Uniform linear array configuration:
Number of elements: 12
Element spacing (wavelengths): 0.75
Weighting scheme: cosine
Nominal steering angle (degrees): -15
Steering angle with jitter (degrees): -16.7
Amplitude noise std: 0.05
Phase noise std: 0.05

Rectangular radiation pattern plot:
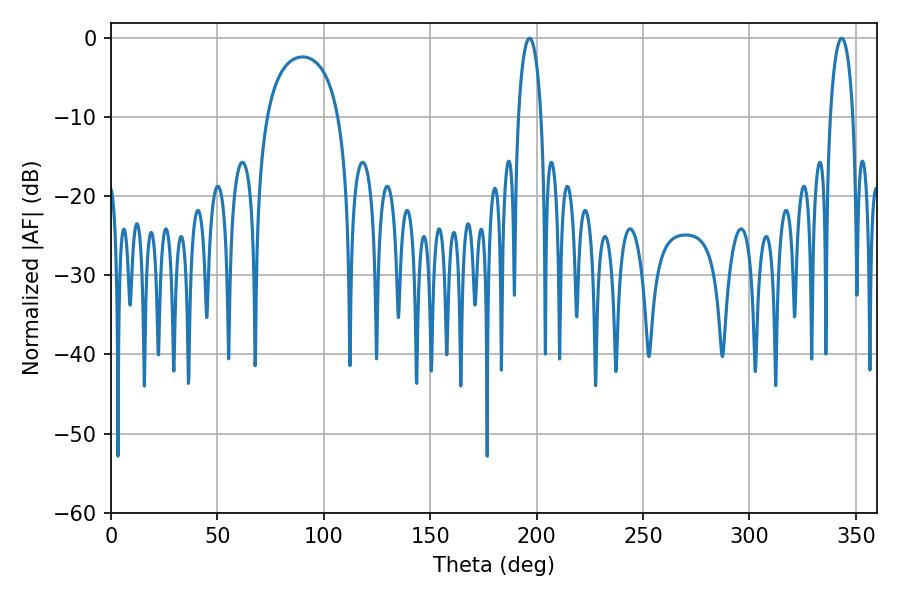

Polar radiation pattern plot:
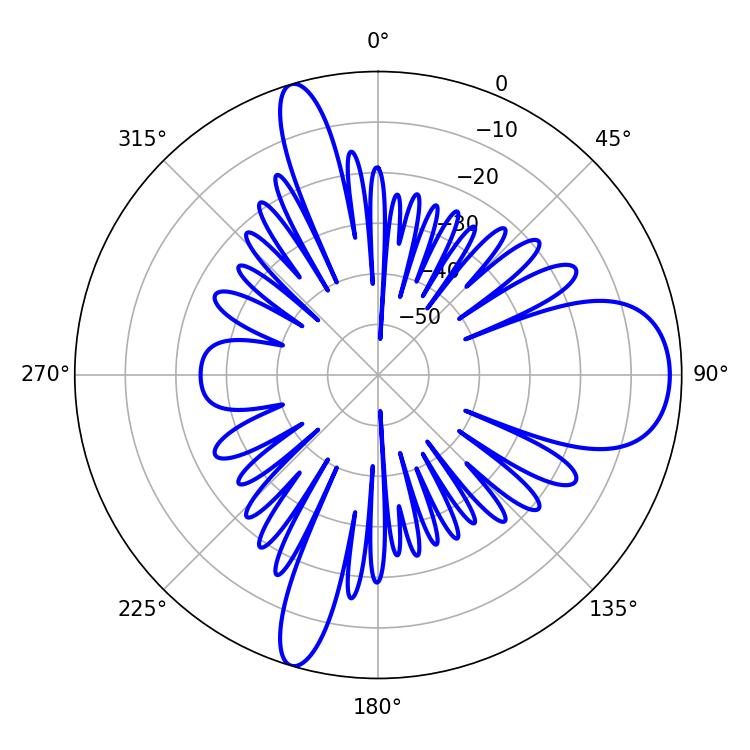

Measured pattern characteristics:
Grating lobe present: TRUE
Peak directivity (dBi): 10.637
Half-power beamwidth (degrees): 6.12
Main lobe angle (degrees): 196.74